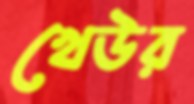
খেউর